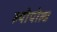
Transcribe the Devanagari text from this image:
ल्योपोल्ड